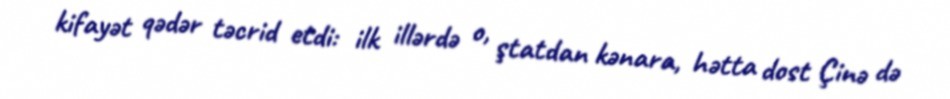
kifayət qədər təcrid etdi: ilk illərdə o, ştatdan kənara, hətta dost Çinə də